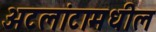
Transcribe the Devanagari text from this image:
अटलांटामधील